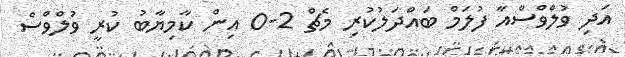
އަދި ވުލްވްސްއާ ފުލަމް ބައްދަލުކުރި މެޗް 2-0 އިން ކާމިޔާބު ކުރީ ވުލްވްސް